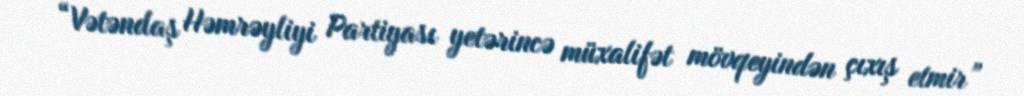
- “Vətəndaş Həmrəyliyi Partiyası yetərincə müxalifət mövqeyindən çıxış etmir”